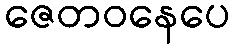
ဇေတဝနေပေ